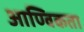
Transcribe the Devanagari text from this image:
आण्विकता